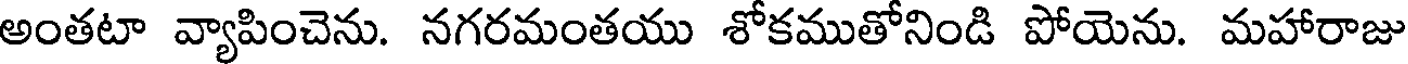
అంతటా వ్యాపించెను. నగరమంతయు శోకముతోనిండి పోయెను. మహారాజు